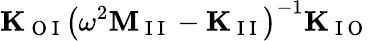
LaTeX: \mathbf{K}_{\mathrm{~O~I~}}\left(\omega^{2}\mathbf{M}_{\mathrm{~I~I~}}-\mathbf{K}_{\mathrm{~I~I~}}\right)^{-1}\mathbf{K}_{\mathrm{~I~O~}}